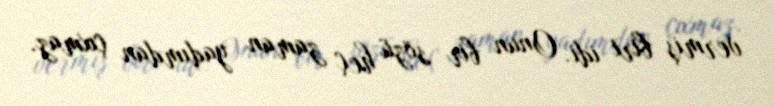
vermiş biri idi. Onun bir sözü heç zaman yadımdan çıxmaz.